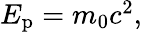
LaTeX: \textstyle E_{\mathrm{p}}=m_{0}c^{2},